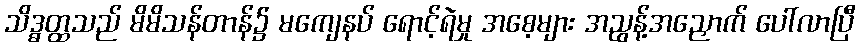
သိဒ္ဓတ္ထသည် မိမိသန်တာန်၌ မကျေနပ် ရောင့်ရဲမှု အစေ့များ အညွန့်အညှောက် ပေါ်လာပြီ